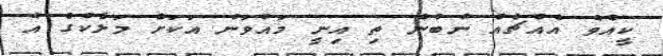
ކީއްވެ އެއްޗެއް ނުބުނެ ތި އިނީ މައުވަން އަކަށް މަލާކްގެ އެ